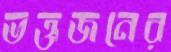
ভক্তজনের